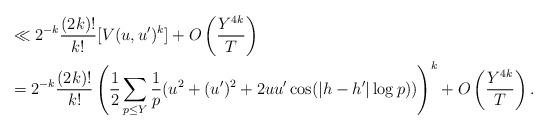
LaTeX: \begin{align*}&\ll 2^{-k}\frac{(2k)!}{k!}[V(u,u')^k]+O\left(\frac{Y^{4k}}{T}\right) \\&=2^{-k}\frac{(2k)!}{k!}\left(\frac{1}{2}\sum_{p\leq Y} \frac{1}{p}(u^2+(u')^2+2uu'\cos(|h-h'|\log p))\right)^{k}+O\left(\frac{Y^{4k}}{T}\right).\end{align*}